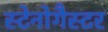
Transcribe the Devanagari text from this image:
स्टेनोगैस्टर